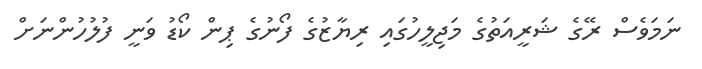
ނަމަވެސް ރޭގެ ޝަރީއަތުގެ މަޖިލީހުގައި ރިޔާޒުގެ ފޯނުގެ ޕިން ކޯޑު ވަނީ ފުލުހުންނަށް